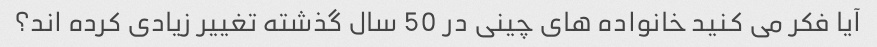
آیا فکر می کنید خانواده های چینی در 50 سال گذشته تغییر زیادی کرده اند؟